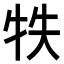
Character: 𤙈